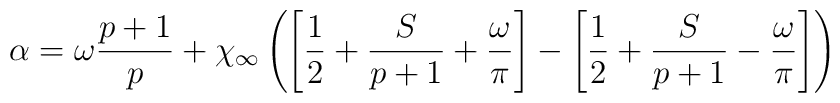
\alpha =\omega \displaystyle\frac{p+1}{p}+\chi _{\infty }\left( \left[ \displaystyle\frac{1}{2}+\displaystyle\frac{S}{p+1}+\displaystyle\frac{\omega }{\pi }\right] -\left[ \displaystyle\frac{1}{2}+\displaystyle\frac{S}{p+1}-\displaystyle\frac{\omega }{\pi }\right] \right)